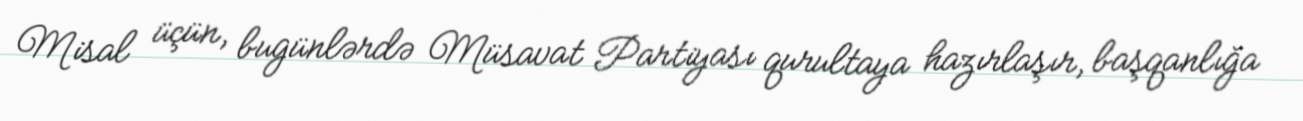
Misal üçün, bugünlərdə Müsavat Partiyası qurultaya hazırlaşır, başqanlığa